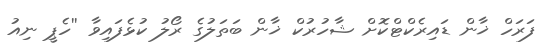
ފަރަހް ޚާން ޑައިރެކްޓްކޮށް ޝާހުރުކް ޚާން ބަތަލުގެ ރޯލު ކުޅެފައިވާ ''ހެޕީ ނިއު